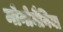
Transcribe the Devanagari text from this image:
मोनोमैनिया